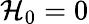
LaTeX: \mathcal{H}_{0}=0